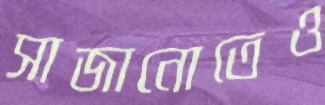
সাজানোতেও